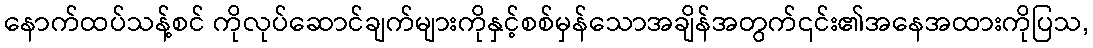
နောက်ထပ်သန့်စင် ကိုလုပ်ဆောင်ချက်များကိုနှင့်စစ်မှန်သောအချိန်အတွက်၎င်း၏အနေအထားကိုပြသ,